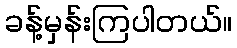
ခန့်မှန်းကြပါတယ်။